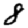
Digit: 8